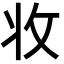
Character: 𭣣